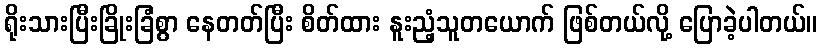
ရိုးသားပြီးခြိုးခြံစွာ နေတတ်ပြီး စိတ်ထား နူးညံ့သူတယောက် ဖြစ်တယ်လို့ ပြောခဲ့ပါတယ်။